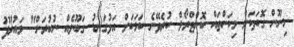
މިނޫން ގޮތަކަށް މިކަންތައް ކޮންޓްރޯލް ކުރެވޭނެ ކަމަކަށް އަޅުގަނޑު ގަބޫލެއް ނުކުރަން" މައުރޫފު